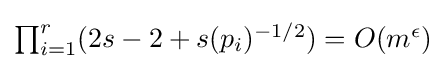
\textstyle \prod _{i=1}^{r}(2s-2+s(p_{i})^{-1/2})=O{(m^{\epsilon })}